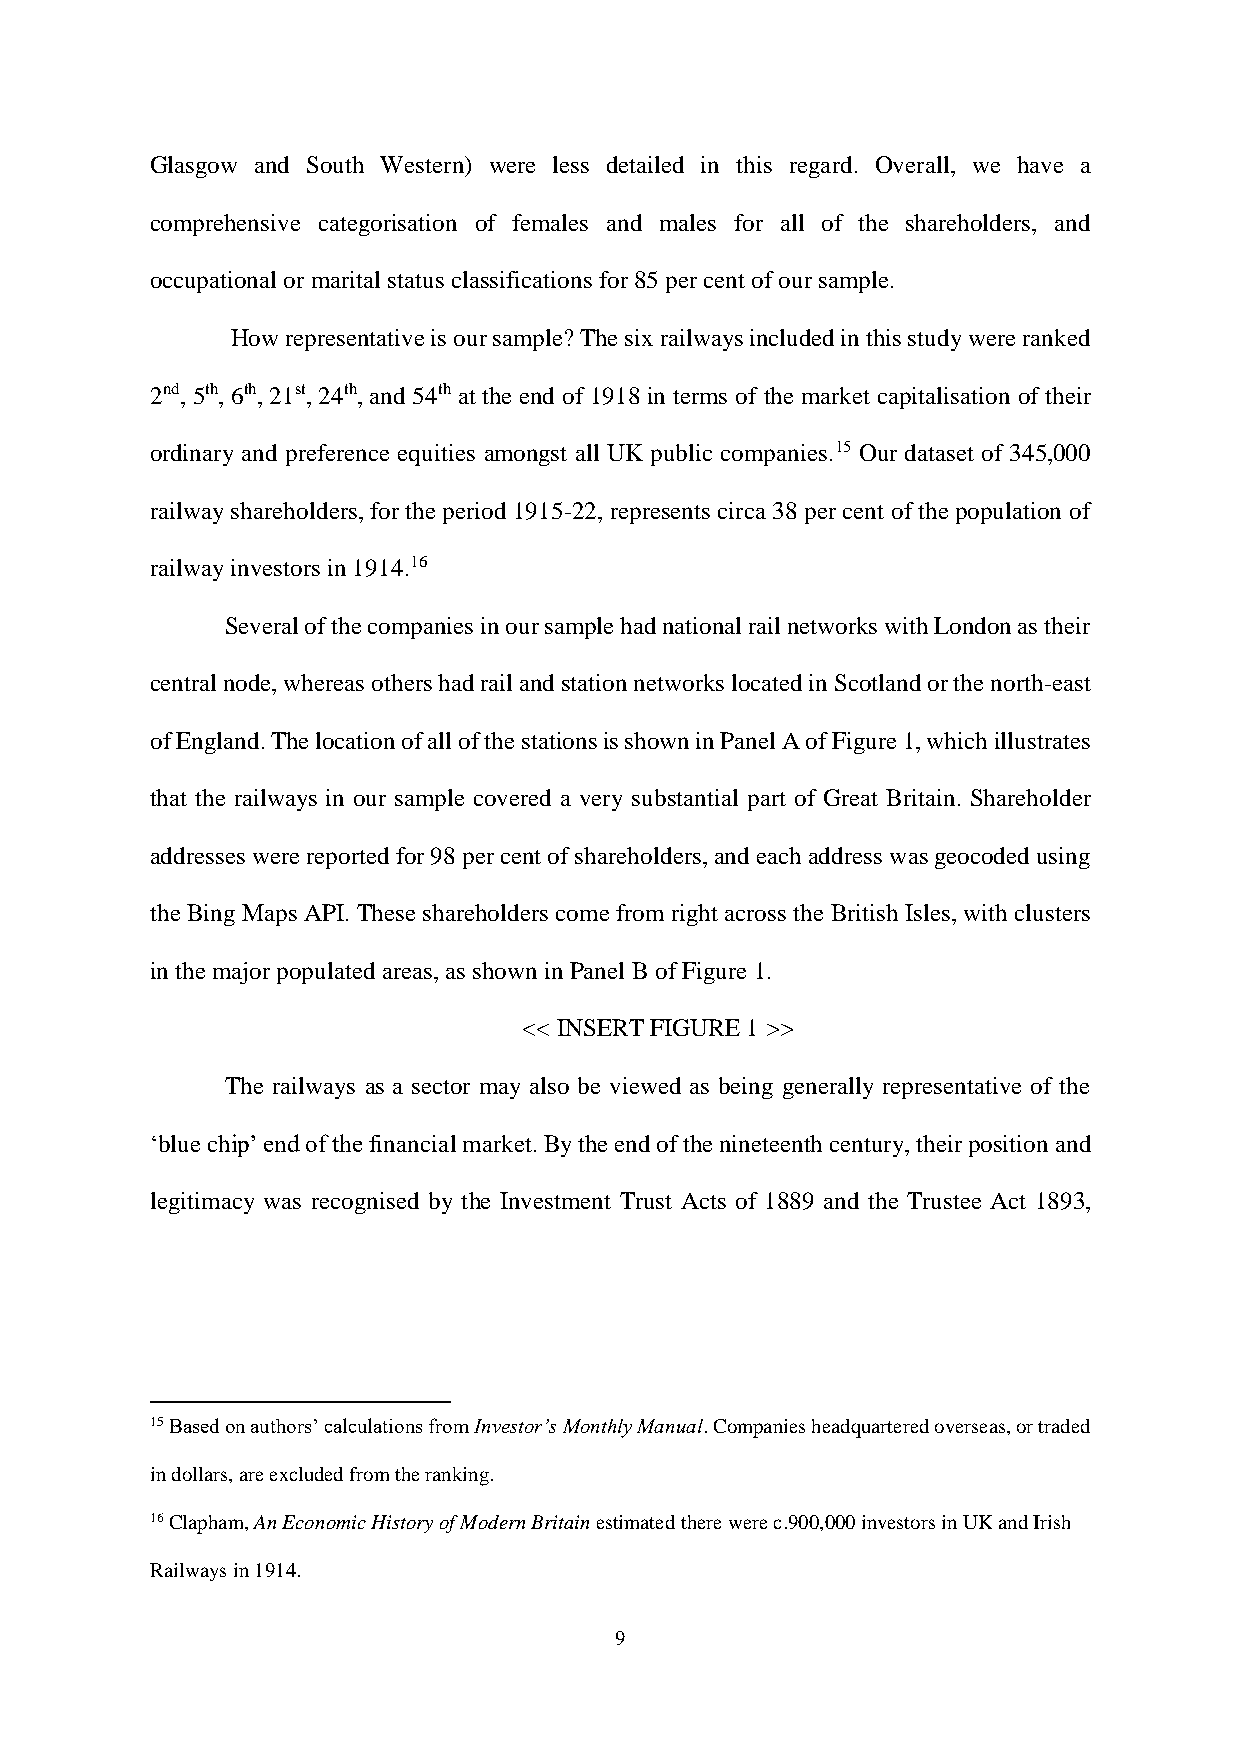
Glasgow and South Western) were less detailed in this regard. Overall, we have a
 comprehensive categorisation of females and males for all of the shareholders, and
 occupational or marital status classifications for 85 per cent of our sample.
 How representative is our sample? The six railways included in this study were ranked
 2nd, 5th, 6th, 21st, 24th, and 54th at the end of 1918 in terms of the market capitalisation of their
 ordinary and preference equities amongst all UK public companies.15 Our dataset of 345,000
 railway shareholders, for the period 1915-22, represents circa 38 per cent of the population of
 railway investors in 1914.16
 Several of the companies in our sample had national rail networks with London as their
 central node, whereas others had rail and station networks located in Scotland or the north-east
 of England. The location of all of the stations is shown in Panel A of Figure 1, which illustrates
 that the railways in our sample covered a very substantial part of Great Britain. Shareholder
 addresses were reported for 98 per cent of shareholders, and each address was geocoded using
 the Bing Maps API. These shareholders come from right across the British Isles, with clusters
 in the major populated areas, as shown in Panel B of Figure 1.
 << INSERT FIGURE 1 >>
 The railways as a sector may also be viewed as being generally representative of the
 ‘blue chip’ end of the financial market. By the end of the nineteenth century, their position and
 legitimacy was recognised by the Investment Trust Acts of 1889 and the Trustee Act 1893,
 15 Based on authors’ calculations from Investor’s Monthly Manual. Companies headquartered overseas, or traded
 in dollars, are excluded from the ranking.
 16 Clapham, An Economic History of Modern Britain estimated there were c.900,000 investors in UK and Irish
 Railways in 1914.
 9